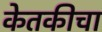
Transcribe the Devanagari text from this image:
केतकीचा